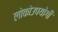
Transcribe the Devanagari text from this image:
लोकोउपयोगी